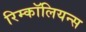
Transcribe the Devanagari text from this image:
रिम्कॉलियन्स